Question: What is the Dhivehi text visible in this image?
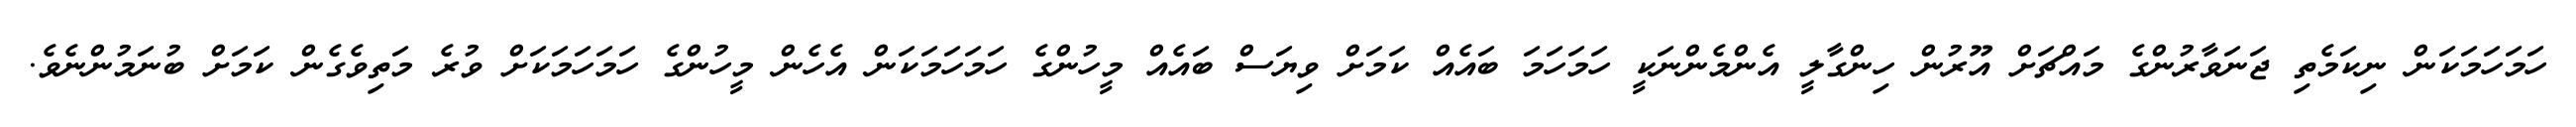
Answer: ހަމަހަމަކަން ނިކަމެތި ޖަނަވާރުންގެ މައްޗަށް އޫރުން ހިންގާލީ އެންމެންނަކީ ހަމަހަމަ ބައެއް ކަމަށް ވިޔަސް ބައެއް މީހުންގެ ހަމަހަމަކަން އެހެން މީހުންގެ ހަމަހަމަކަށް ވުރެ މަތިވެގެން ކަމަށް ބުނަމުންނެވެ.